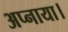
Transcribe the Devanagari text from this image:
अप्नाया।